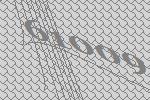
61009